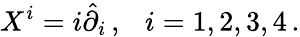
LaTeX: X^{i}=i\hat{\partial}_{i}\, ,~~~i=1,2,3,4\, .